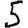
Digit: 5